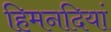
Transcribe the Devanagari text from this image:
हिमनदियां